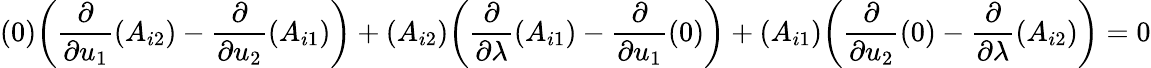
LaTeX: (0){\bigg(}{\frac{\partial}{\partial u_{1}}}(A_{i2})-{\frac{\partial}{\partial u_{2}}}(A_{i1}){\bigg)}+(A_{i2}){\bigg(}{\frac{\partial}{\partial\lambda}}(A_{i1})-{\frac{\partial}{\partial u_{1}}}(0){\bigg)}+(A_{i1}){\bigg(}{\frac{\partial}{\partial u_{2}}}(0)-{\frac{\partial}{\partial\lambda}}(A_{i2}){\bigg)}=0